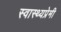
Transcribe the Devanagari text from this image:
स्वास्थ्यप्रेमी